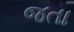
જતા